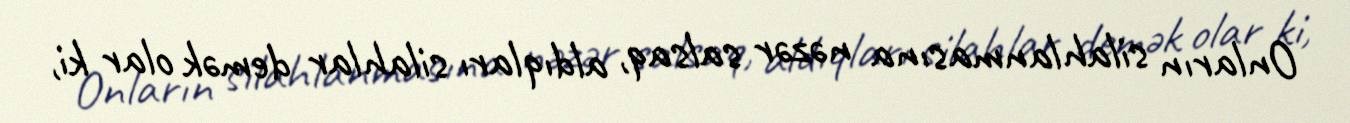
Onların silahlanmasına nəzər salsaq, aldıqları silahlar demək olar ki,